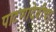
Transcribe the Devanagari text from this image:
पाटणादेवीचा